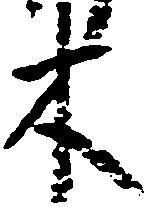
木